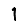
Digit: 1